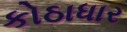
કોઠાધાર